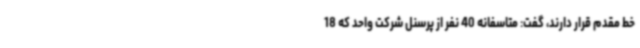
خط مقدم قرار دارند، گفت: متاسفانه 40 نفر از پرسنل شرکت واحد که 18